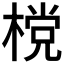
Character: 𣗋